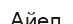
Айел